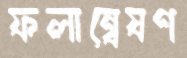
ফলান্বেষণ